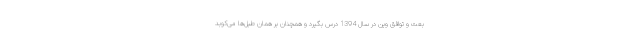
بعث و توافق وین در سال 1394 درس بگیرد و همچنان بر همان طبل‌ها می‌کوبد